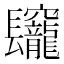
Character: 𨳅